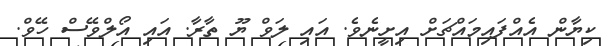
ކިޔާން އެއްފައިމައްޗަށް އިށީނެވެ. އައި ލަވް ޔޫ ތާރާ. އައި އޯލްވޭސް ހޭވް.